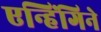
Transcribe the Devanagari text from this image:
एन्हिंगिने